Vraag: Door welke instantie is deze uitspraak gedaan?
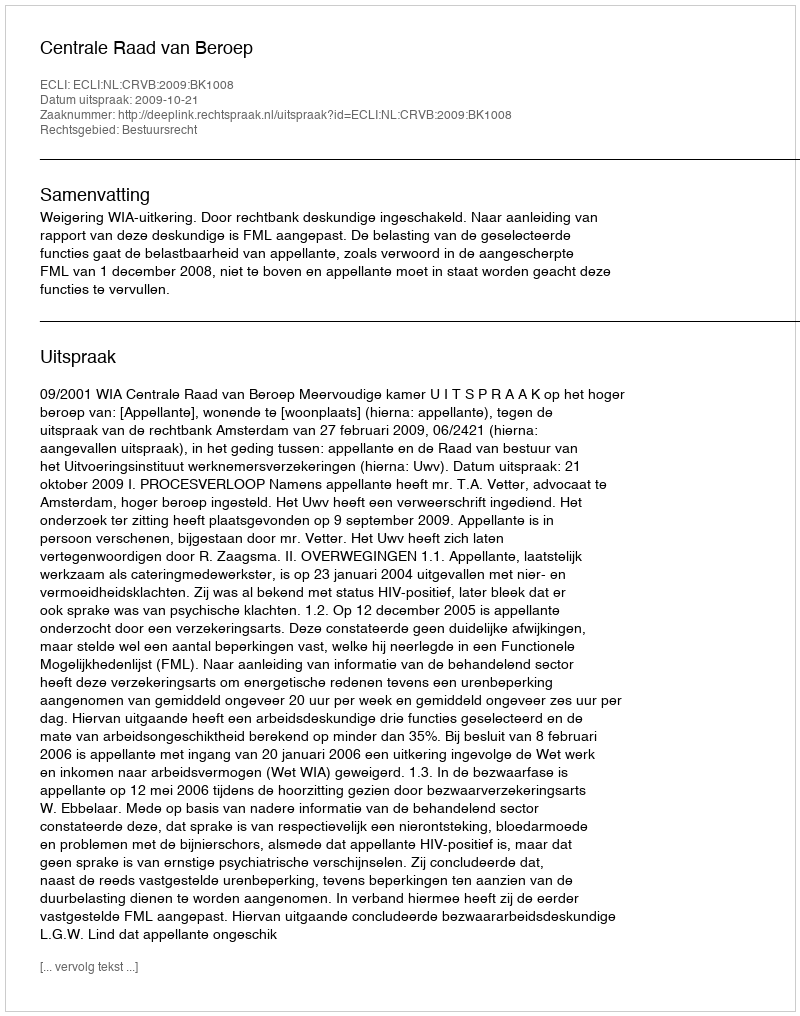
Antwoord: Centrale Raad van Beroep